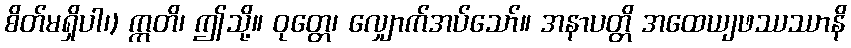
စိတ်မရှိပါ၊) ဣတိ၊ ဤသို့။ ဝုတ္တေ၊ လျှောက်အပ်သော်။ အနာပတ္တိ အထေယျဖဿဿာနိ